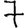
Digit: 7